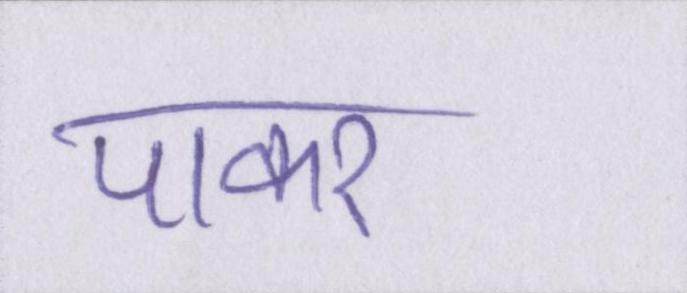
पाकर